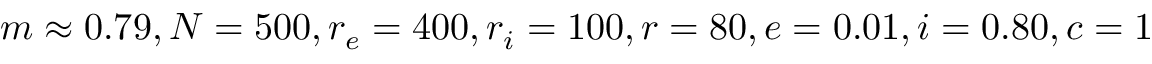
m \approx 0 . 7 9 , N = 5 0 0 , r _ { e } = 4 0 0 , r _ { i } = 1 0 0 , r = 8 0 , e = 0 . 0 1 , i = 0 . 8 0 , c = 1